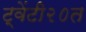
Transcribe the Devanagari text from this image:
ट्वेंटी२०त